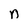
Character: n